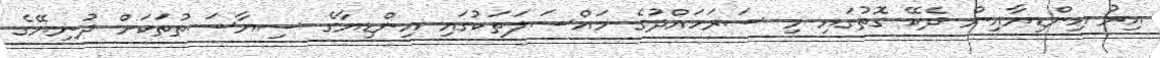
އިރު އިންޑިޔާއިން ދެކޭ ގޮތުގައި މި ސަރަހައްދުގެ މައްސަލަތަކުގައި އިންޑިޔާގެ ސިޔާސަތުތަކަށް ދުނިޔޭގެ